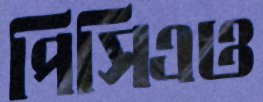
পিসিএও